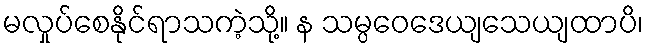
မလှုပ်စေနိုင်ရာသကဲ့သို့။ န သမ္ပဝေဒေယျသေယျထာပိ၊